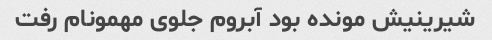
شیرینیش مونده بود آبروم جلوی مهمونام رفت